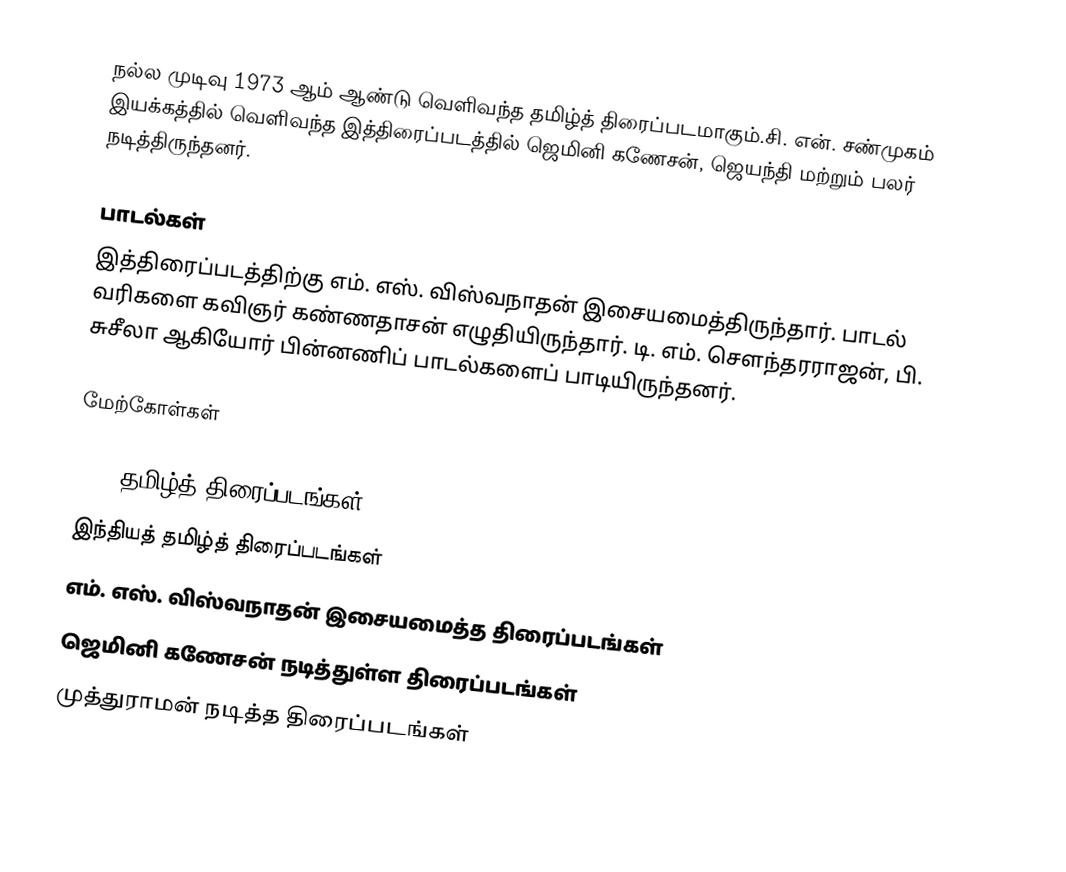
நல்ல முடிவு 1973 ஆம் ஆண்டு வெளிவந்த தமிழ்த் திரைப்படமாகும்.சி. என். சண்முகம் இயக்கத்தில் வெளிவந்த இத்திரைப்படத்தில் ஜெமினி கணேசன், ஜெயந்தி மற்றும் பலர் நடித்திருந்தனர்.

பாடல்கள்
இத்திரைப்படத்திற்கு எம். எஸ். விஸ்வநாதன் இசையமைத்திருந்தார். பாடல் வரிகளை கவிஞர் கண்ணதாசன் எழுதியிருந்தார். டி. எம். சௌந்தரராஜன், பி. சுசீலா ஆகியோர் பின்னணிப் பாடல்களைப் பாடியிருந்தனர்.

மேற்கோள்கள்

1973 தமிழ்த் திரைப்படங்கள்
இந்தியத் தமிழ்த் திரைப்படங்கள்
எம். எஸ். விஸ்வநாதன் இசையமைத்த திரைப்படங்கள்
ஜெமினி கணேசன் நடித்துள்ள திரைப்படங்கள்
முத்துராமன் நடித்த திரைப்படங்கள்